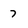
Character: 7